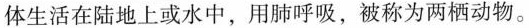
体生活在陆地上或水中，用肺呼吸，被称为两栖动物。